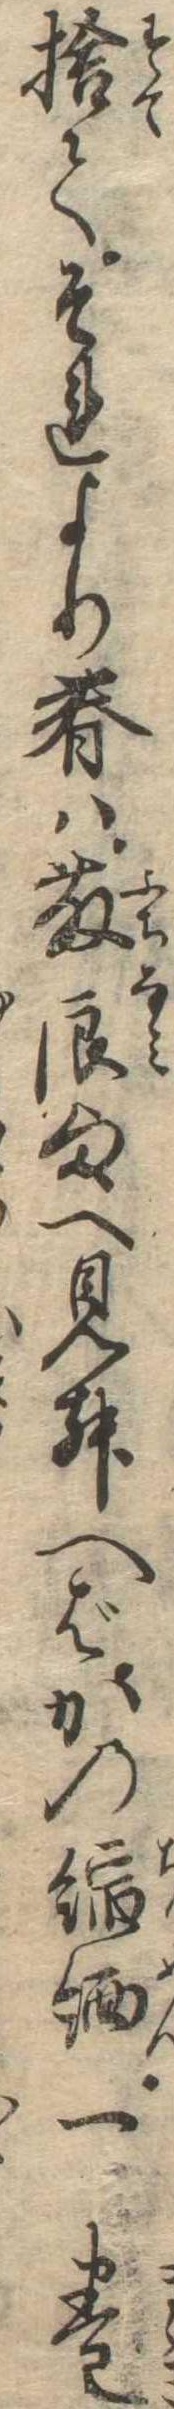
捨てそれより春は藤浪様へ見舞へばかの縮緬一巻